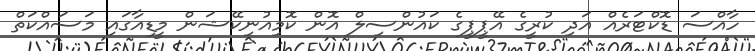
ހާއްސަ ޑޮކްޓަރެއް އަދި ކުރީގެ އޭޕީޕީގެ ކައުންސިލް އޮން ކޮމިއުނިކޭޝަން މީޑިއާގައި މަސައްކަތް